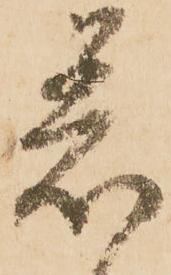
着